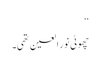
‘‘
چھوٹی نور العین تھی۔